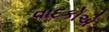
વાદકોએ